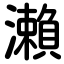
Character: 瀨